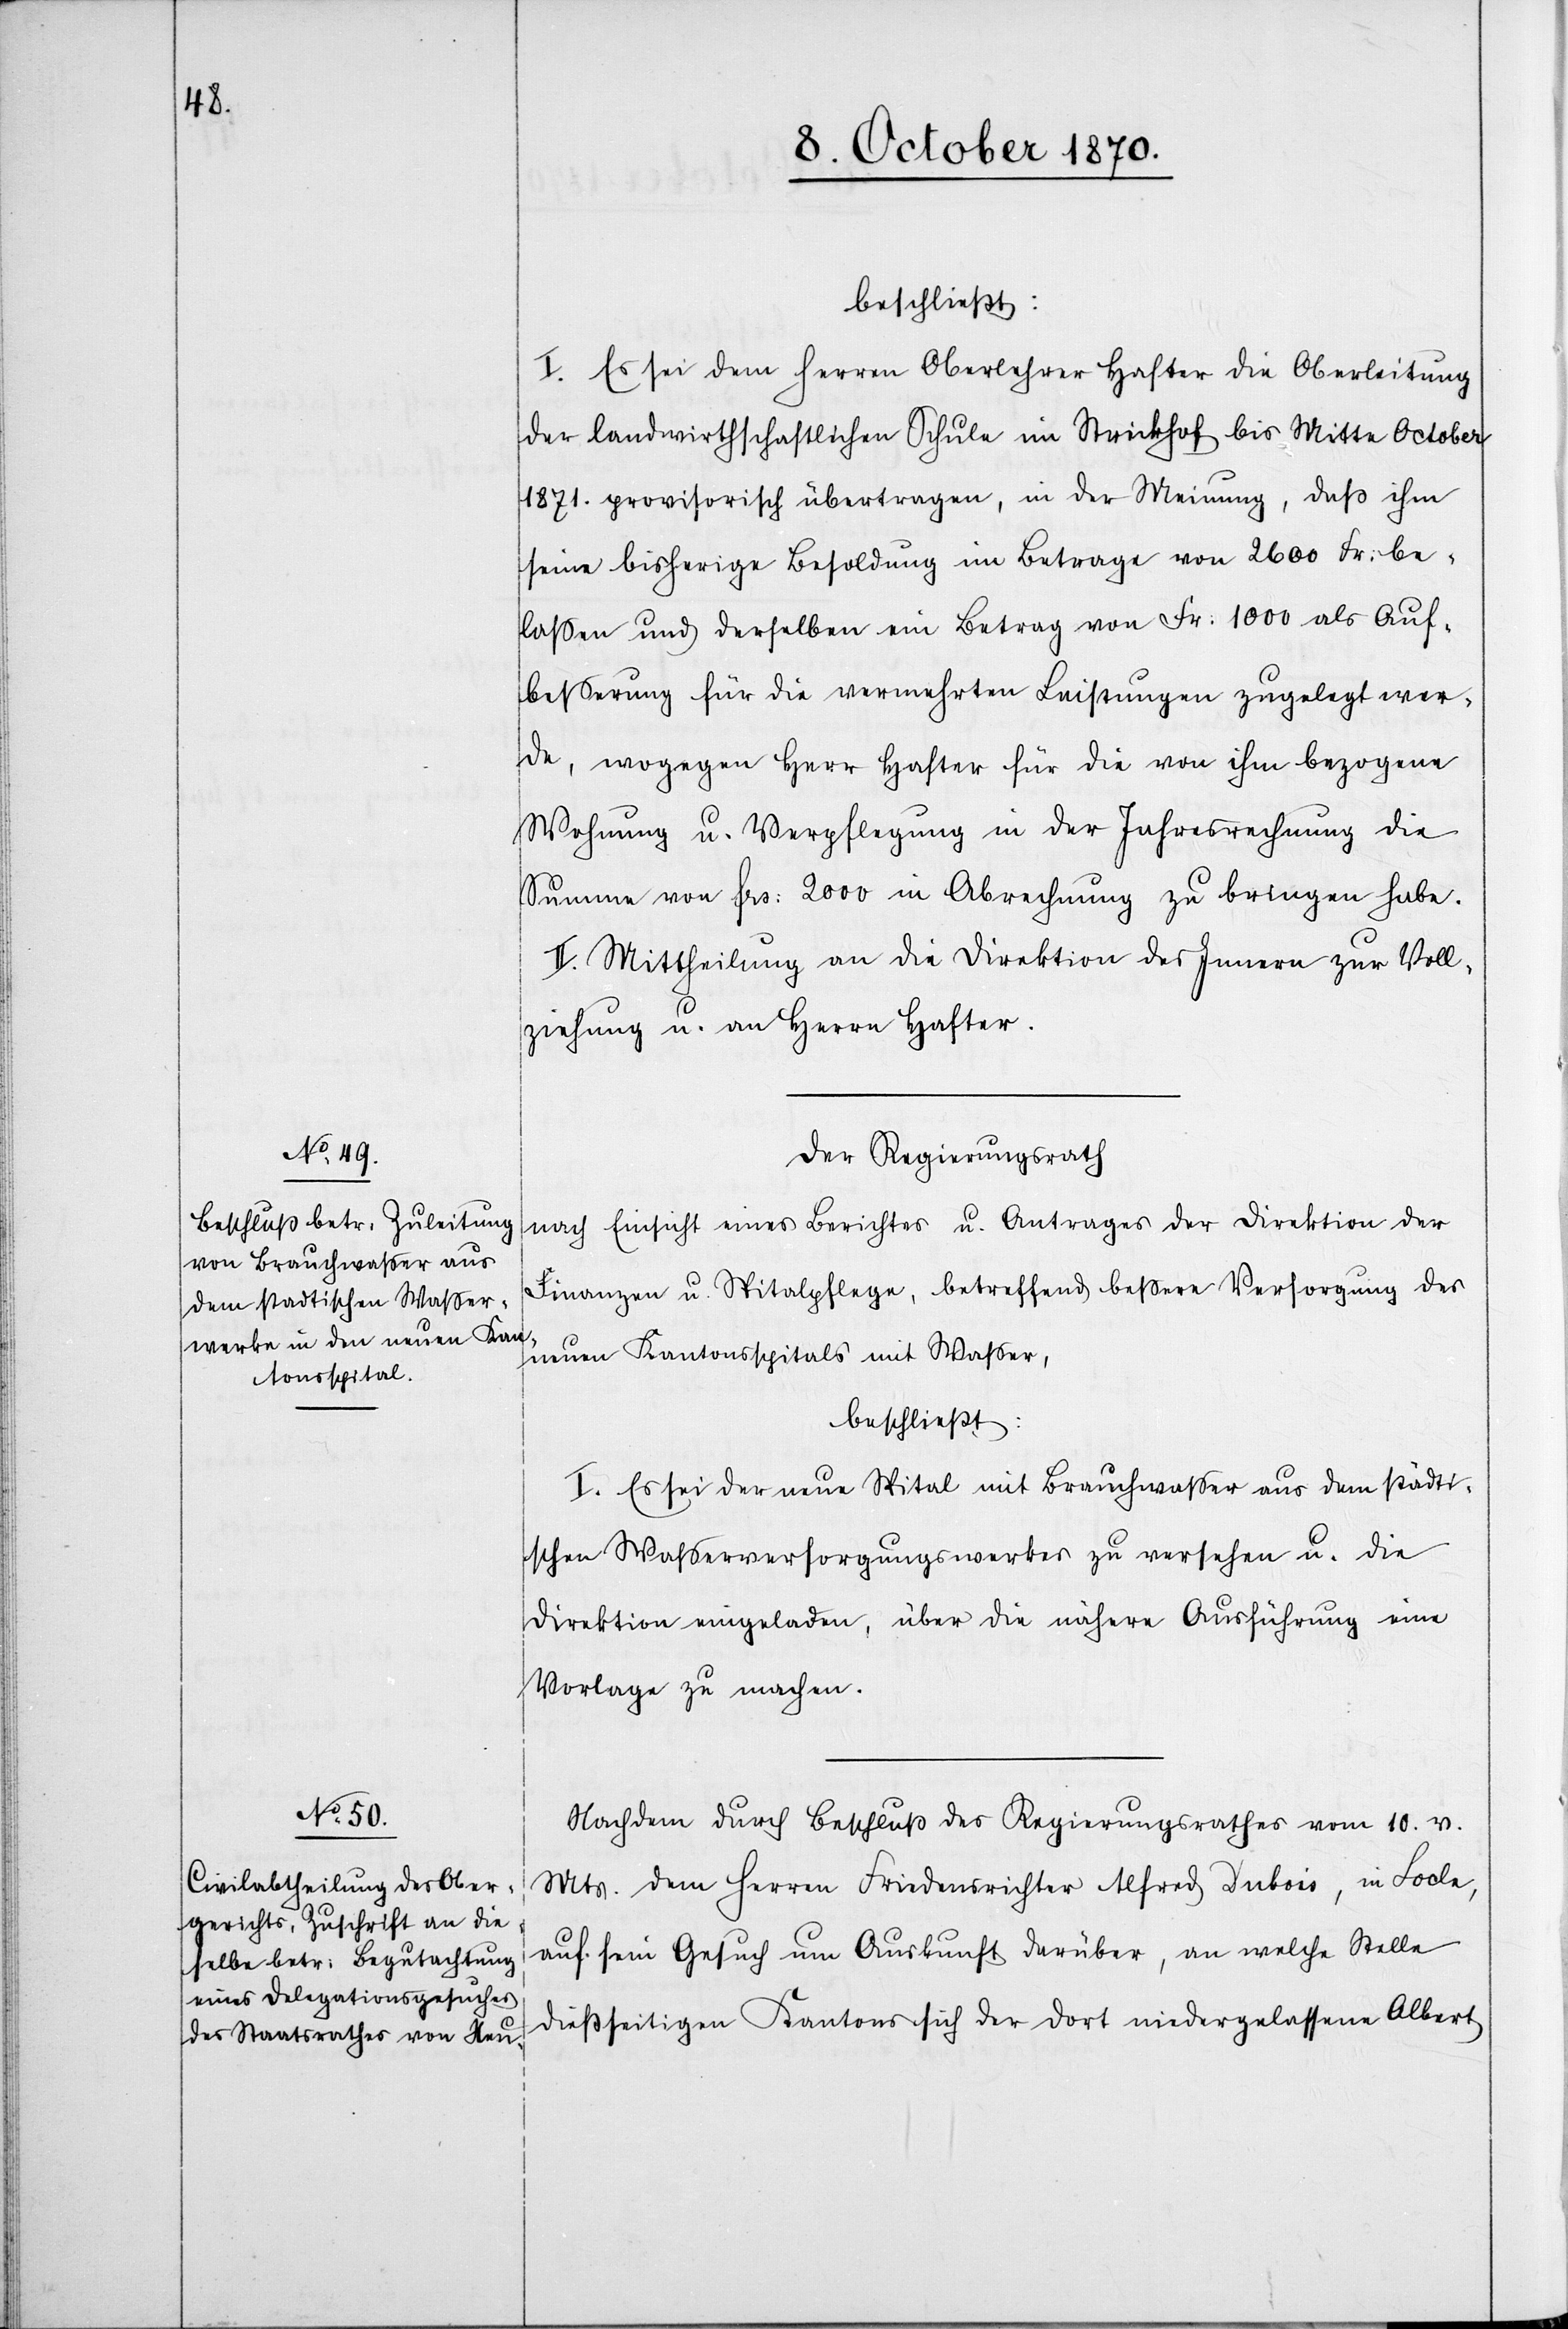
beschließt:
I. Es sei dem Herren Oberlehrer Hafter die Oberleitung
der landwirthschaftlichen Schule im Strickhof bis Mitte October
1871. provisorisch übertragen, in der Meinung, daß ihm
seine bisherige Besoldung im Betrage von 2600 Fr: be¬
laßen und derselben ein Betrag von Fr: 1000 als Auf¬
beßerung für die vermehrten Leistungen zugelegt wer¬
de, wogegen Herr Hafter für die von ihm bezogene
Wohnung u. Verpflegung in der Jahresrechnung die
Summe von Fr: 2000 in Abrechnung zu bringen habe.
II. Mittheilung an die Direktion des Innern zur Voll¬
ziehung u. an Herrn Hafter.
Der Regierungsrath
nach Einsicht eines Berichtes u. Antrages der Direktion der
Finanzen u. Spitalpflege, betreffend beßere Versorgung des
neuen Kantonsspitals mit Waßer,
beschließt:
I. Es sei der neue Spital mit Brauchwaßer aus dem städti¬
schen Waßerversorgungswerke zu versehen u. die
Direktion eingeladen, über die nähere Ausführung eine
Vorlage zu machen.
Nachdem durch Beschluß des Regierungsrathes vom 10. v.
Mts. dem Herren Friedensrichter Alfred Dubois, in Locle,
auf sein Gesuch um Auskunft darüber, an welche Stelle
dießseitigen Kantons sich der dort niedergelassene Albert